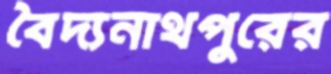
বৈদ্যনাথপুরের